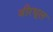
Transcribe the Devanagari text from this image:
वीरधूल